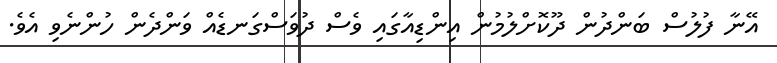
އޭނާ ފުލުސް ބަންދުން ދޫކޮށްލުމުން އިންޑިއާގައި ވެސް ދުވަސްގަނޑެއް ވަންދެން ހުންނެވި އެވެ.